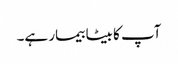
آپ کا بیٹا بیمار ہے۔